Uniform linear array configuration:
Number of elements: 4
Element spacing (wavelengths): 0.5
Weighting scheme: binomial
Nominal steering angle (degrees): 0
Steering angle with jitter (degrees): -0.8379
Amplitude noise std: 0.05
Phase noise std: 0.05

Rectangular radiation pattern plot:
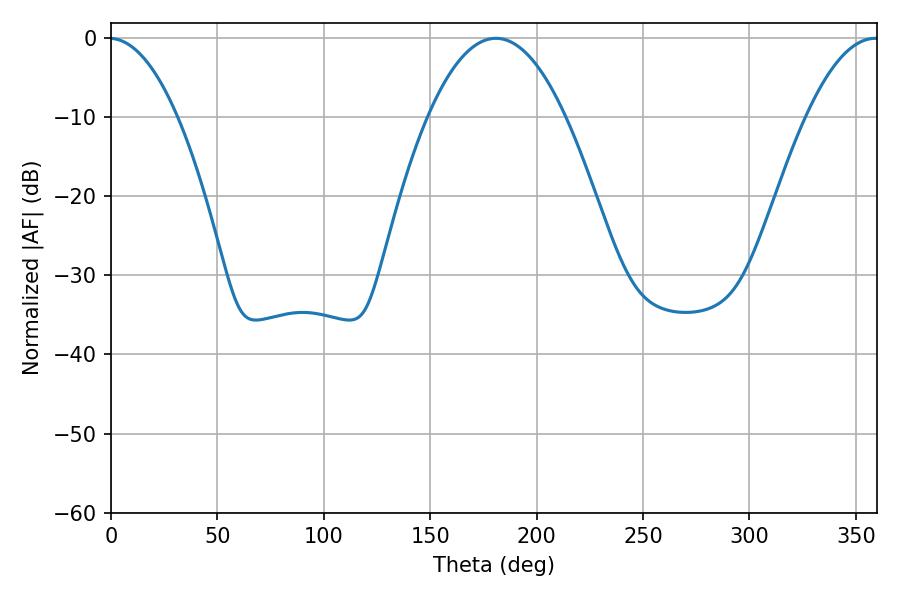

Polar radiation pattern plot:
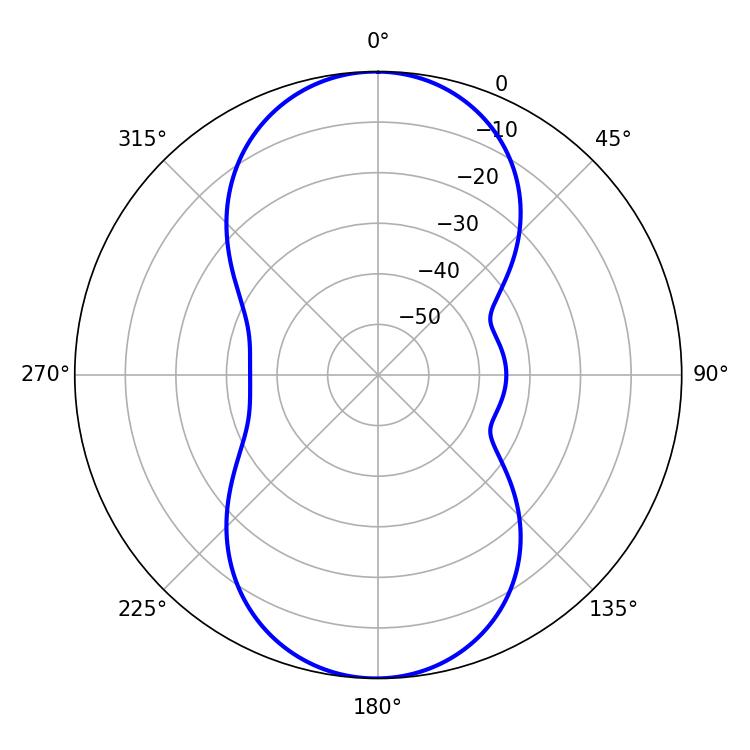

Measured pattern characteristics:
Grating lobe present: FALSE
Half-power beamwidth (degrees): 35.64
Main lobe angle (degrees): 180.9